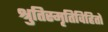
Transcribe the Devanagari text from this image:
श्रुतिस्मृतिविहितो